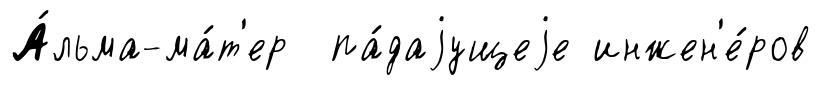
А́льма-ма́т'ер па́даjущеjе инжен'е́ров